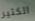
الكثير